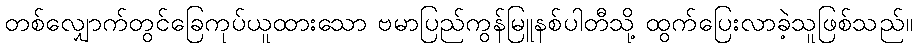
တစ်လျှောက်တွင်ခြေကုပ်ယူထားသော ဗမာပြည်ကွန်မြူနစ်ပါတီသို့ ထွက်ပြေးလာခဲ့သူဖြစ်သည်။